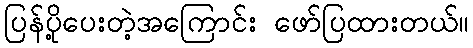
ပြန်ပို့ပေးတဲ့အကြောင်း ဖော်ပြထားတယ်။